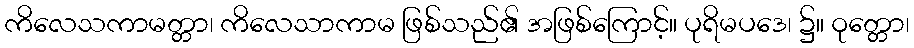
ကိလေသကာမတ္တာ၊ ကိလေသာကာမ ဖြစ်သည်၏ အဖြစ်ကြောင့်။ ပုရိမပဒေ၊ ၌။ ဝုတ္တော၊